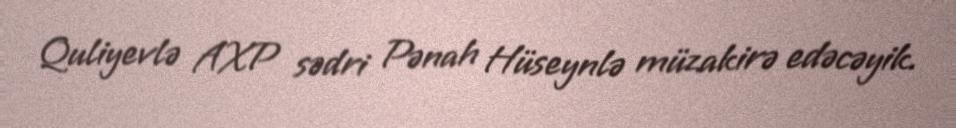
Quliyevlə AXP sədri Pənah Hüseynlə müzakirə edəcəyik.